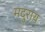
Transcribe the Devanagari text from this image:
मदुराय